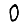
Digit: 0